Document type: Sale
Year: 1305
Scribe: Bernat de Vilarúbia
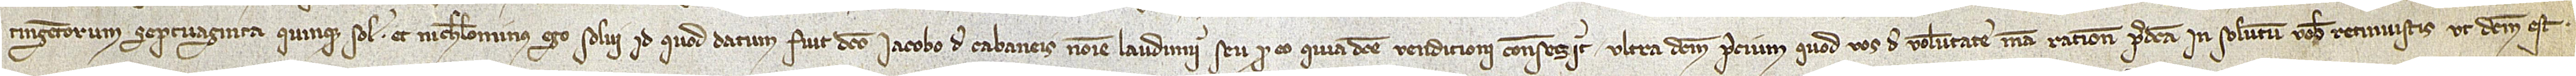
tingentorum septuaginta quinque solidorum. Et nichilominus ego solvi id quod datum fuit dicto Iacobo de Cabaneis nomine laudimii seu pro eo quia dicte vendicioni consensit ultra dictum precium quod vos de voluntate mea ratione predicta in solutum vobis retinuistis, ut dictum est.